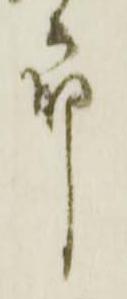
郎